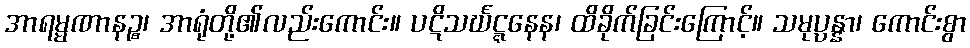
အာရမ္မဏာနဉ္စ၊ အာရုံတို့၏လည်းကောင်း။ ပဋိသင်္ဃဋ္ဋနေန၊ ထိခိုက်ခြင်းကြောင့်။ သမုပ္ပန္နာ၊ ကောင်းစွာ